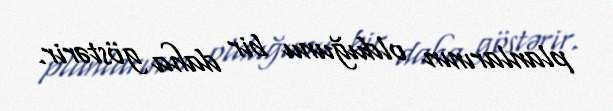
planlarının olduğunu bir daha göstərir.